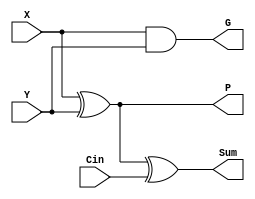
`timescale 1ns/1ns

module GPFullAdder (X, Y, Cin, G, P, Sum);
input X;
input Y;
input Cin;

output G;
output P;
output Sum;

assign G = X & Y;
assign P = X ^ Y;
assign Sum = P ^ Cin;

endmodule